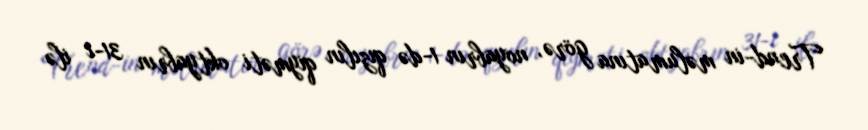
Trend-in məlumatına görə, noyabrın 1-də qızılın qiyməti oktyabrın 31-i ilə